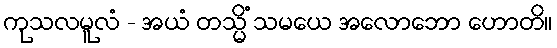
ကုသလမူလံ - အယံ တသ္မိံ သမယေ အလောဘော ဟောတိ။